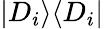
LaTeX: |D_{i}\rangle\langle D_{i}|